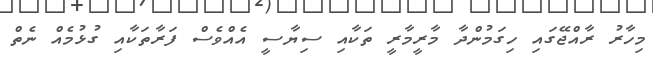
މިހާރު ރާއްޖޭގައި ހިގަމުންދާ މާރީމާރީ ތަކާއި ސިޔާސީ އެއްވެސް ފަރާތަކާއި ގުޅުމެއް ނެތް